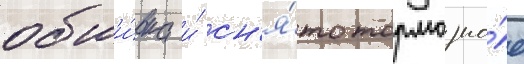
обши́вка и́ сн'я́то тормозно́е